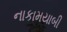
નાકામયાબી